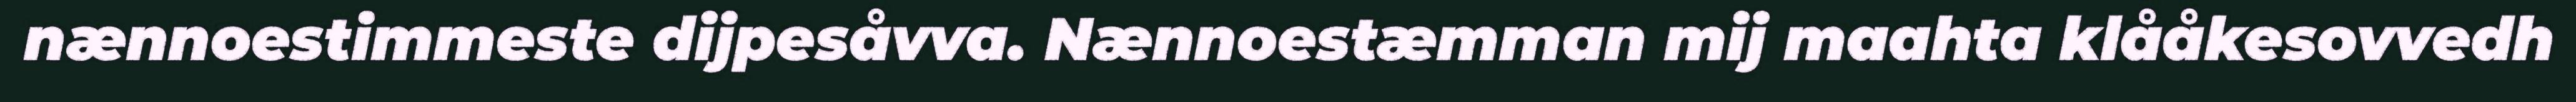
nænnoestimmeste dijpesåvva. Nænnoestæmman mij maahta klååkesovvedh